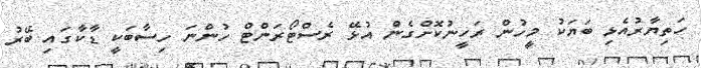
ހަތިޔާރުއެޅި ބަޔަކު މީހުން ރަހީނުކޮށްގެން އުޅޭ ރެސްޓޯރަންޓް ހުންނަ ހިސާބަކީ ޑާކާގައި ބޭރު